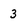
Character: 3